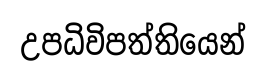
උපධිවිපත්තියෙන්